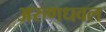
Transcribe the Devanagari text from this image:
अरुणधवल